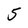
Character: 5